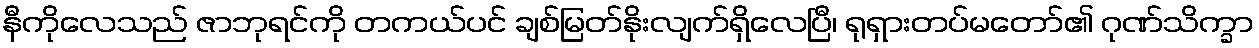
နီကိုလေသည် ဇာဘုရင်ကို တကယ်ပင် ချစ်မြတ်နိုးလျက်ရှိလေပြီ၊ ရုရှားတပ်မတော်၏ ဂုဏ်သိက္ခာ